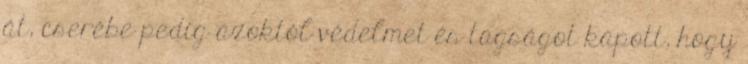
át, cserébe pedig azoktól védelmet és tagságot kapott, hogy